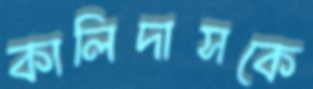
কালিদাসকে